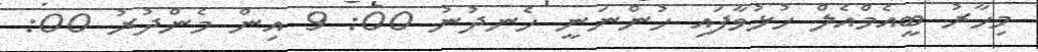
މިހާރު ބީއެމްއެލް ހުޅުވާފައި ހުންނަނީ ހެނދުނު 00: 9 އިން މެންދުރު 00: